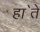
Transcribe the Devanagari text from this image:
हा॓ते